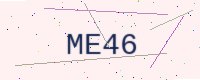
Text: ME46